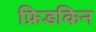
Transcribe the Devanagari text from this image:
फ्रिडकिन